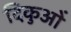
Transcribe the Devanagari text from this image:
दिकुओं